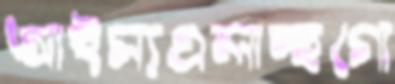
আইস্যএলাচ্ছগো